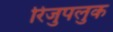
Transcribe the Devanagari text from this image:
रिजुपलुक